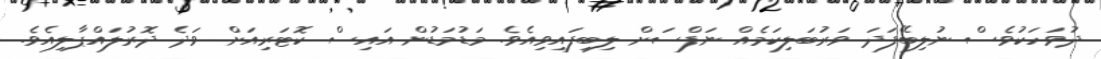
ދުވަހަކުވެސް ނުލިބޭފަދަ ވަރުބަލިކަމެއް ނަފްސަށް ލިބިފައިވިއެވެ. މަޑުމަޑުން އައިސް ކޮޓަރިއަށް ވަދެ ދޮރުލައްޕާލިއެވެ.